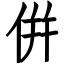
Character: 倂